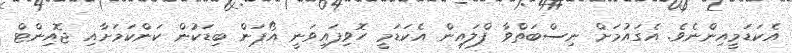
އެކަޑަމީއިންނެވެ. އެގައުމަށް ނިސްބަތްވާ ފްލައިން އެކަޑަމީ ހޮވިފައިވަނީ އޯޕަން ބިޑަކުން ކަންކަމަށާއި ޖޮއިންޓް